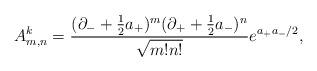
LaTeX: \begin{align*}A^k_{m,n}=\frac{(\partial_- + \frac{1}{2} a_+)^m(\partial_+ +\frac{1}{2} a_-)^n} {\sqrt{m!n!}} e^{a_+a_-/2},\end{align*}